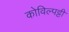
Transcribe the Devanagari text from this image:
कोविल्पट्टी